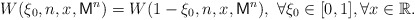
\begin{align*}W(\xi_0,n,x,\mathsf{M}^n)=W(1-\xi_0,n,x,\mathsf{M}^n), ~\forall \xi_0\in [0,1], \forall x\in\mathbb{R}.\end{align*}